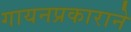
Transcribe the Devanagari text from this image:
गायनप्रकाराने